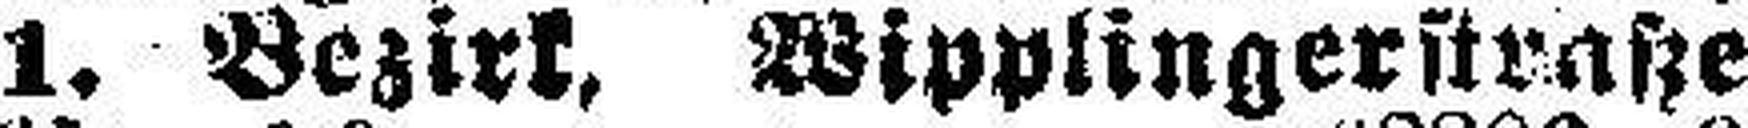
1. Bezirk. Wipplingerstrafte